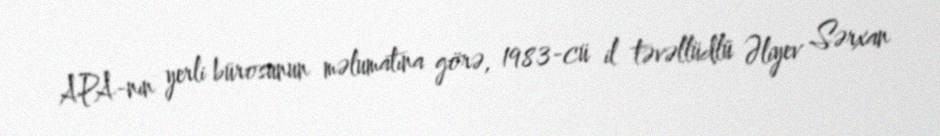
APA-nın yerli bürosunun məlumatına görə, 1983-cü il təvəllüdlü Əliyev Sərxan